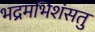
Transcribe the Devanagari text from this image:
भद्रमभिशंसतु